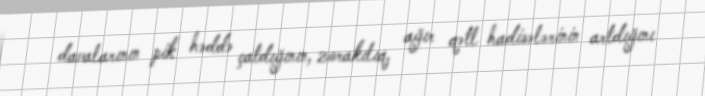
davalarının pik həddə çatdığının, zorakılıq, ağır qətl hadisələrinin artdığını